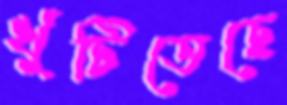
খুঁটিতেছে